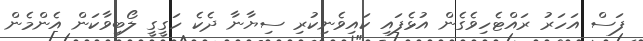
ފަސް އަހަރު ރައްޓެހިވެގެން އުޅެފައި ކައިވެނިކުރި ސިޔާނާ ދެކެ ހަގީގީ ލޯބިވާކަން އެންމެން